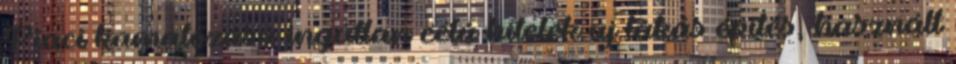
Piaci kamatozású ingatlan célú hitelek új lakás építés, használt